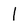
Character: I